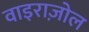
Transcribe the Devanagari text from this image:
वाइराज़ोल